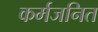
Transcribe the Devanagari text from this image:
कर्मजनित